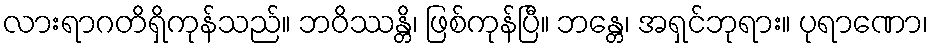
လားရာဂတိရှိကုန်သည်။ ဘဝိဿန္တိ၊ ဖြစ်ကုန်ပြီ။ ဘန္တေ၊ အရှင်ဘုရား။ ပုရာဏော၊